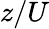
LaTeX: z/U